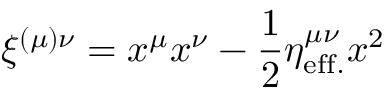
\xi ^ { ( \mu ) \nu } = x ^ { \mu } x ^ { \nu } - { \frac { 1 } { 2 } } \eta _ { \mathrm { e f f . } } ^ { \mu \nu } x ^ { 2 }